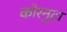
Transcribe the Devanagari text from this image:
कोरनुटा